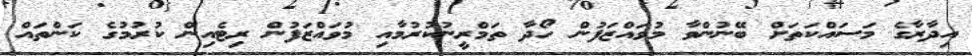
އިދާރާގެ މަސައްކަތަށް ބޭނުންވާ މުވައްޒަފުން ހޯދާ ތަމްރީނުކުރުމާއި މުވައްޒަފުން ރިޓެއިން ކުރުމުގެ ކަންތައް